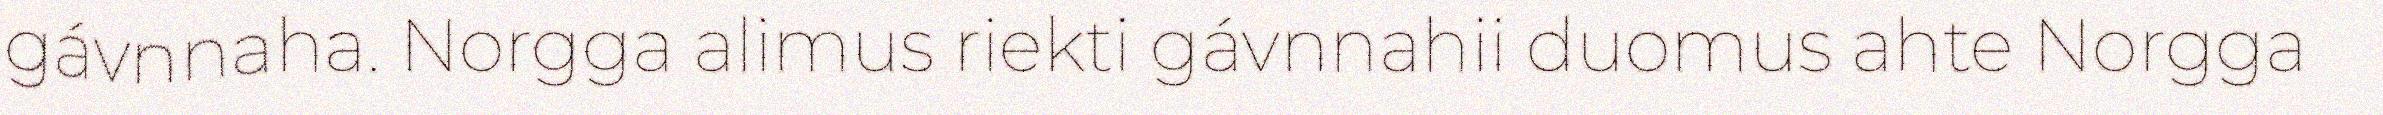
gávnnaha. Norgga alimus riekti gávnnahii duomus ahte Norgga